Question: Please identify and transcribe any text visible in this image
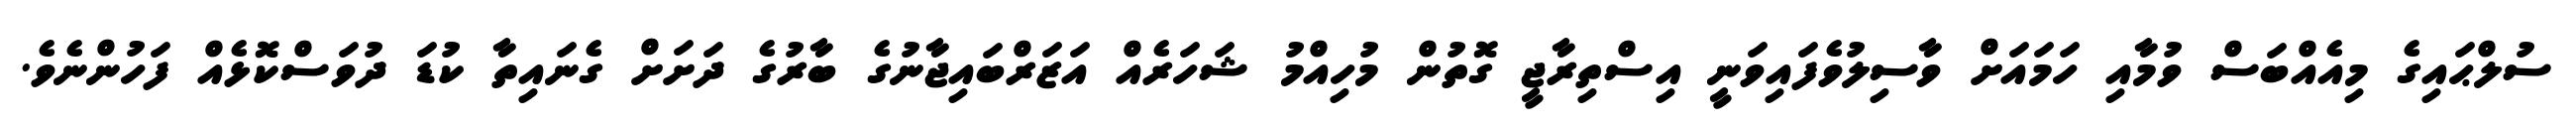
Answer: ސުލްޙައިގެ މިއެއްބަސް ވުމާއި ހަމައަށް ވާސިލުވެފައިވަނީ އިސްތިރާޖީ ގޮތުން މުހިއްމު ޝަހަރެއް އަޒަރްބައިޖާނުގެ ބާރުގެ ދަށަށް ގެނައިތާ ކުޑަ ދުވަސްކޮޅެއް ފަހުންނެވެ.